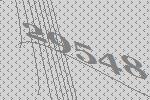
29548